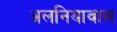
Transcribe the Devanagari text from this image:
अलनियावास